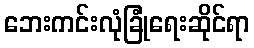
ဘေးကင်းလုံခြုံရေးဆိုင်ရာ